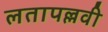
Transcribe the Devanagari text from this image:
लतापल्लवी